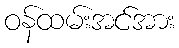
ဝန်ထမ်းအင်အား